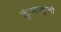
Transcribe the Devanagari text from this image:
कुंभाकृती